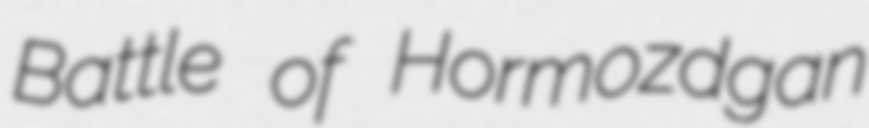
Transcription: Battle of Hormozdgan